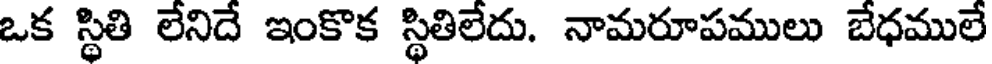
ఒక స్థితి లేనిదే ఇంకొక స్థితిలేదు. నామరూపములు బేధములే